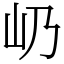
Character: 屷